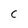
Character: C